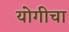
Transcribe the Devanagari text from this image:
योगीचा